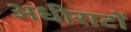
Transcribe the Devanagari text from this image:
अधीराटों